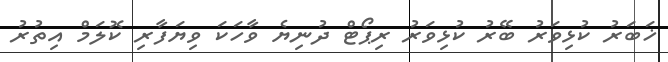
ޚަބަރު ކުޅިވަރު ބޭރު ކުޅިވަރު ރިޕޯޓް ދުނިޔެ ވާހަކަ ވިޔަފާރި ކޮލަމް އިތުރު